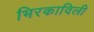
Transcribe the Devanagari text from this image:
भिरकाविली